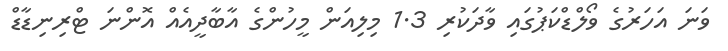
ވަނަ އަހަރުގެ ވޯލްޑްކަޕުގައި ވާދަކުރި 1.3 މިލިއަން މީހުންގެ އާބާދީއެއް އޮންނަ ޓްރިނިޑާޑް